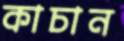
কাচান